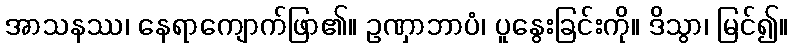
အာသနဿ၊ နေရာကျောက်ဖြာ၏။ ဥဏှာဘာပံ၊ ပူနွေးခြင်းကို။ ဒိသွာ၊ မြင်၍။